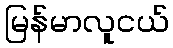
မြန်မာလူငယ်